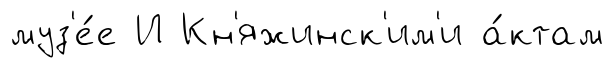
муз'е́е И Кн'яжинск'им'и а́ктам